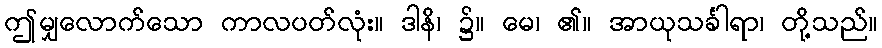
ဤမျှလောက်သော ကာလပတ်လုံး။ ဒါနိ၊ ၌။ မေ၊ ၏။ အာယုသင်္ခါရာ၊ တို့သည်။